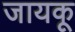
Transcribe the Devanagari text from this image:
जायकू